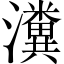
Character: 瀵